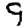
Digit: 9